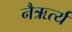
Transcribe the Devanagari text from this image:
नैऋर्त्य